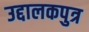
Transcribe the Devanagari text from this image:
उद्दालकपुत्र